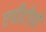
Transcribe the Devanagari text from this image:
एपीटोपों